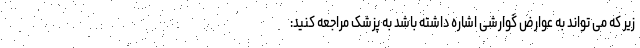
زیر که می تواند به عوارض گوارشی اشاره داشته باشد به پزشک مراجعه کنید: